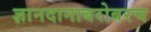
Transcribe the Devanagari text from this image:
ज्ञानदानाबरोबरच